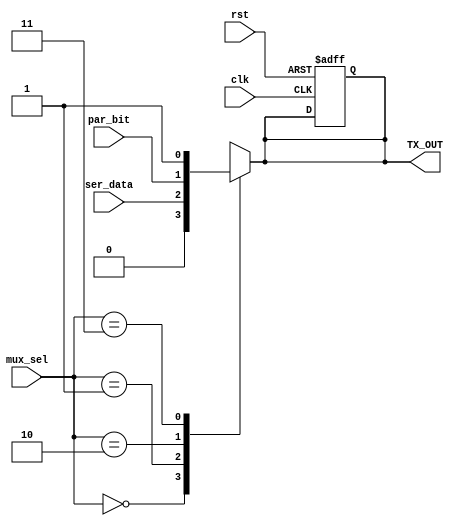
module MUX (
input       clk,
input       rst,
input       ser_data,
input       par_bit,
input [1:0] mux_sel,
output reg  TX_OUT
);

always @(posedge clk or negedge rst)
begin
  if(!rst)
    TX_OUT <= 1'b0;
  else
    TX_OUT <= TX_OUT;
end
  
  
always @(*)
begin
  case(mux_sel)
    2'b00:TX_OUT = 1'b0;
    2'b01:TX_OUT = ser_data;
    2'b10:TX_OUT = par_bit;
    2'b11:TX_OUT = 1'b1;
  endcase
end

  
  
endmodule